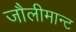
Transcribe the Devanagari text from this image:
जौलीमान्‍ट